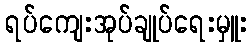
ရပ်ကျေးအုပ်ချုပ်ရေးမှူး